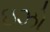
ઇઝો